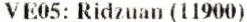
VE05: RIDZUAN (11900)